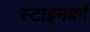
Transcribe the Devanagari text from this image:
स्टाइनबर्ग